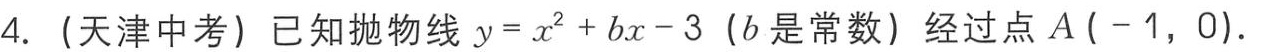
4. (天津中考) 已知抛物线 \(y = x^{2}+bx - 3\)（\(b\) 是常数）经过点 \(A(-1,0)\).